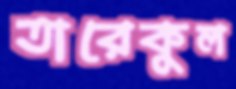
তারেকুল